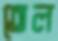
তেল